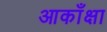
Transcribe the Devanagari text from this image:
आकाँक्षा